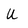
Character: U